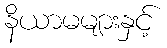
နိယာမများနှင့်